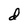
Character: d